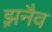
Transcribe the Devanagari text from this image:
झ़नैव